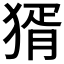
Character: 𤟠